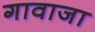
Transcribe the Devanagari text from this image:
गावाजा